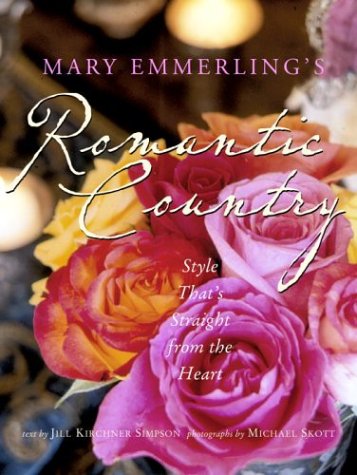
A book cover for Mary Emmerling's Romantic Country: Style That's Straight from the Heart; Mary Emmerling; Arts & Photography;